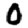
Digit: 0